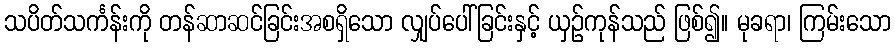
သပိတ်သင်္ကန်းကို တန်ဆာဆင်ခြင်းအစရှိသော လျှပ်ပေါ်ခြင်းနှင့် ယှဉ်ကုန်သည် ဖြစ်၍။ မုခရာ၊ ကြမ်းသော